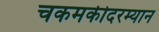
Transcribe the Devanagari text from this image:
चकमकीदरम्यान